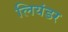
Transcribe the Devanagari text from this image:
लियंडर